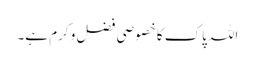
اللہ پاک کا خصوصی فضل و کرم ہے۔